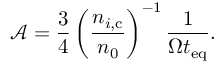
\mathcal { A } = \frac { 3 } { 4 } \left( \frac { n _ { i , \mathrm { c } } } { n _ { 0 } } \right) ^ { - 1 } \frac { 1 } { \Omega t _ { \mathrm { e q } } } .